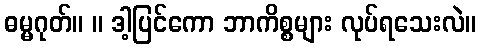
ဓမ္မဂုတ်။ ။ ဒါ့ပြင်ကော ဘာကိစ္စများ လုပ်ရသေးလဲ။